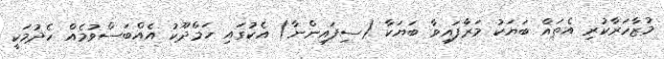
މުޒާހަރާކުރި އެތައް ބަޔަކު މަރާފައިވާ ބަޔަކާ (ސިފައިންނާ) އެކުގައި ހަމްދޫކު އެއްބަސްވުމެއް ހެދުމަކީ